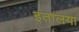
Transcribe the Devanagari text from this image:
इतालया